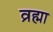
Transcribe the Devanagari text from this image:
व्रह्मा